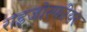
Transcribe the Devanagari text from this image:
राइजोस्फीयर